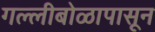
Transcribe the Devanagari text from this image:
गल्लीबोळापासून